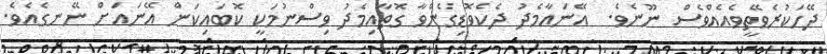
ދޭހަކުރެވޭތީވެއެއްވެސް ނޫނެވެ.  އޭނައާމެދު ދެކެވޮޑިގެންވާ ގޮތާއިމެދު ވިސްނުމަކީ ކޮބައިކަން އޭނައަށް ނޭނގެއެވެ.